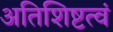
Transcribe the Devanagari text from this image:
अतिशिष्टत्वं